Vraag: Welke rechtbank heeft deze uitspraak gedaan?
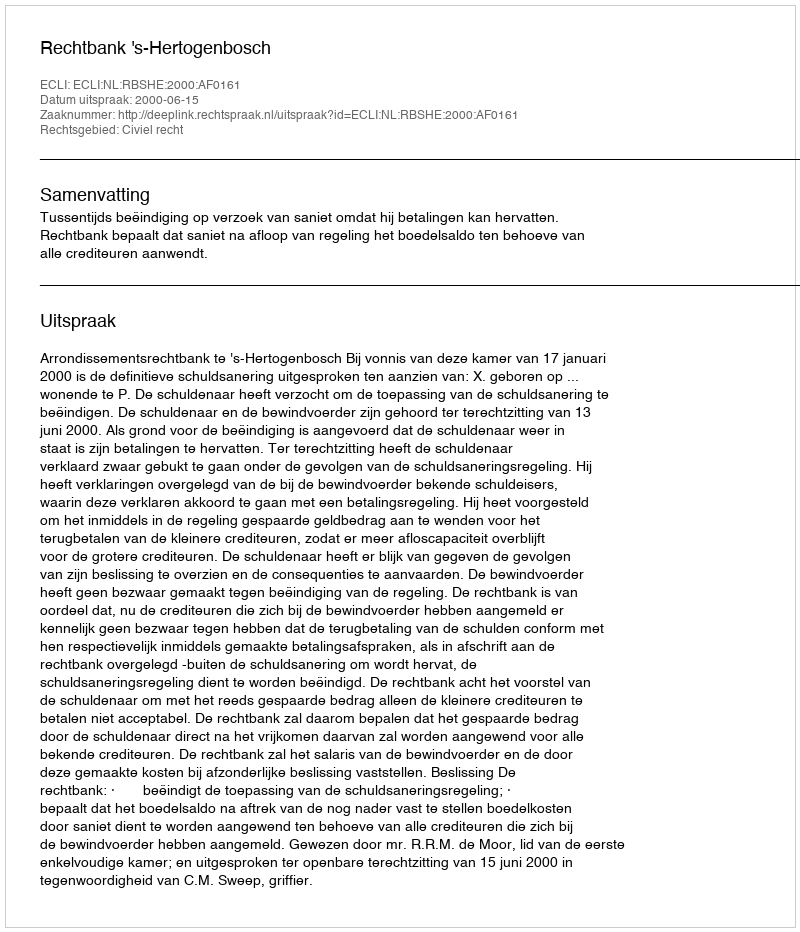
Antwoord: Rechtbank 's-Hertogenbosch